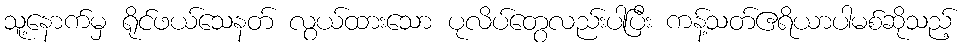
သူ့နောက်မှ ရိုင်ဖယ်သေနတ် လွယ်ထားသော ပုလိပ်တွေလည်းပါပြီး ကန့်သတ်ဧရိယာပါမစ်ဆိုသည့်